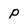
Character: p